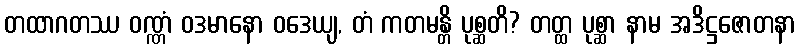
တထာဂတဿ ဝဏ္ဏံ ဝဒမာနော ဝဒေယျ, တံ ကတမန္တိ ပုစ္ဆတိ? တတ္ထ ပုစ္ဆာ နာမ အဒိဋ္ဌဇောတနာ